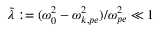
\tilde { \lambda } : = ( \omega _ { 0 } ^ { 2 } - \omega _ { k , p e } ^ { 2 } ) / \omega _ { p e } ^ { 2 } \ll 1